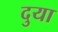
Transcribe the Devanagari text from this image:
दुया